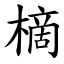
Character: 樀